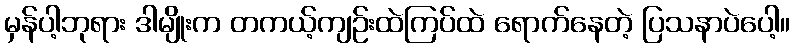
မှန်ပါ့ဘုရား ဒါမျိုးက တကယ့်ကျဉ်းထဲကြပ်ထဲ ရောက်နေတဲ့ ပြသနာပဲပေါ့။